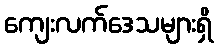
ကျေးလက်ဒေသများရှိ